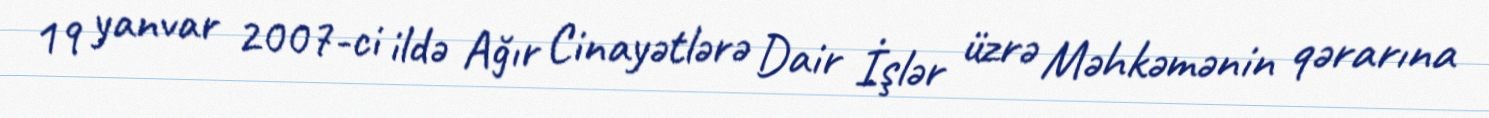
19 yanvar 2007-ci ildə Ağır Cinayətlərə Dair İşlər üzrə Məhkəmənin qərarına